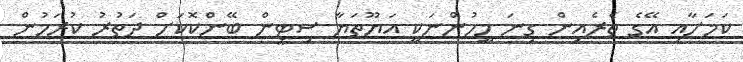
ކަމަށާއި އޭގެ ތެރެއިން ގިނަ މީހުންނަކީ އަޔޫތަޔާ ސިޓީން ބޭންކޮކަށް ދަތުރު ކުރަމުން